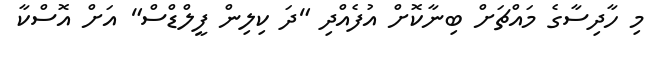
މި ހާދިސާގެ މައްޗަށް ބިނާކޮށް އުފެއްދި "ދަ ކިލިން ފީލްޑްސް" އަށް އޮސްކާ